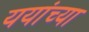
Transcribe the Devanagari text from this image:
ययांच्या